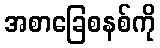
အစာခြေစနစ်ကို